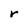
Character: r